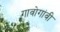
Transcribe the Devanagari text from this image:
गावोगांवी